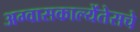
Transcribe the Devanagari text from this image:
अग्वासकाल्येंतेसचे